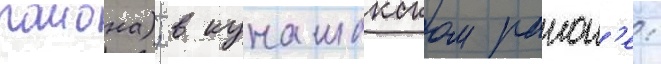
раиона); в кунашакском раион'е: